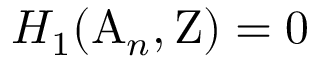
H _ { 1 } ( \mathrm { A } _ { n } , \mathrm { Z } ) = 0